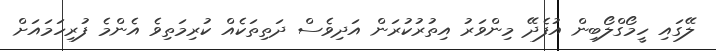
ލޭގައި ހީމޯގްލޯބިން އުފެދޭ މިންވަރު އިތުރުކުރަން އަދިވެސް ދަތިތަކެއް ކުރިމަތިވެ އެންމެ ފުރިހަމައަށް